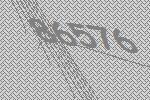
86576